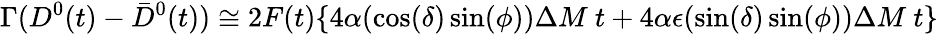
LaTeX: \Gamma(D^{0}(t)-\bar{D}^{0}(t))\cong 2F(t)\{ 4\alpha(\cos(\delta)\sin(\phi))\Delta M~t+4\alpha\epsilon(\sin(\delta)\sin(\phi))\Delta M~t\}